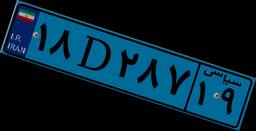
۱۸D۲۸۷۱۹